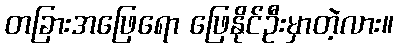
တခြားအဖြေရော ဖြေနိုင်ဦးမှာတဲ့လား။